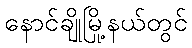
နောင်ချိုမြို့နယ်တွင်